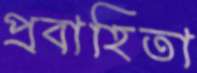
প্রবাহিতা